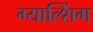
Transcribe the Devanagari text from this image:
ग्याल्शिंग